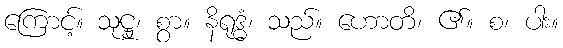
ကြောင့်။ သုဋ္ဌု၊ စွာ။ နိရုဒ္ဓံ၊ သည်။ ဟောတိ၊ ၏။ စ၊ ပါး။